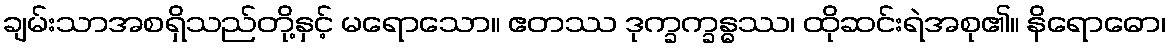
ချမ်းသာအစရှိသည်တို့နှင့် မရောသော။ ဧတဿ ဒုက္ခက္ခန္ဓဿ၊ ထိုဆင်းရဲအစု၏။ နိရောဓော၊